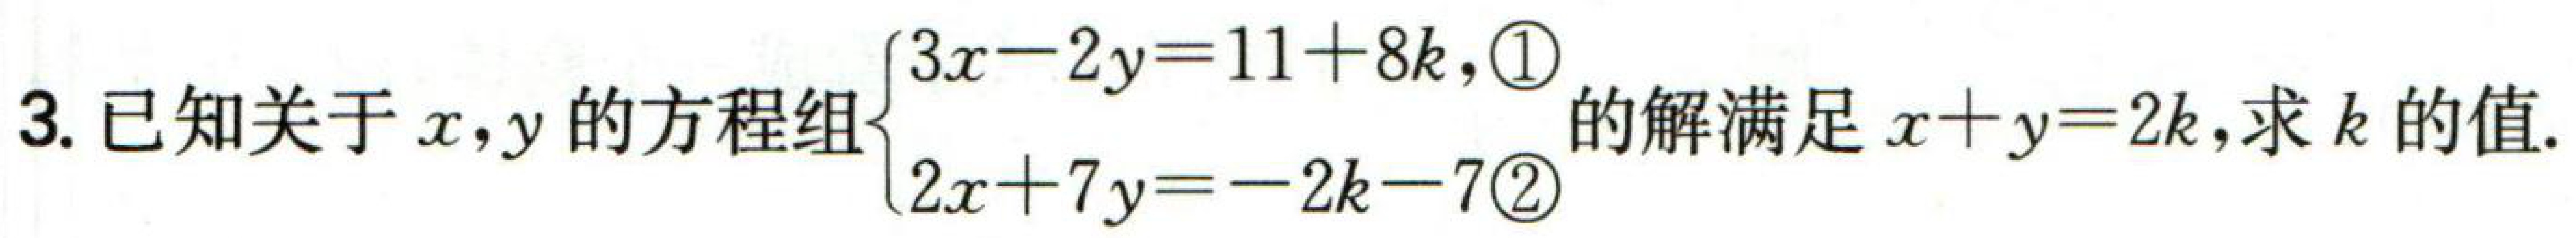
已知关于\(x,y\)的方程组\(\begin{cases}3x - 2y = 11 + 8k,\textcircled{1}\\2x + 7y = - 2k - 7\textcircled{2}\end{cases}\)的解满足\(x + y = 2k\)，求\(k\)的值.